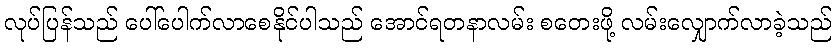
လုပ်ပြန်သည် ပေါ်ပေါက်လာစေနိုင်ပါသည် အောင်ရတနာလမ်း စတေးဖို့ လမ်းလျှောက်လာခဲ့သည်